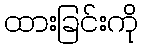
ထားခြင်းကို